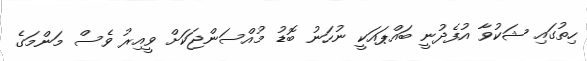
ހިތުގައި ޝަކުވާ އުފެދުނީ ބައްޕައަކީ ނުހަނު ބޮޑު މުއްސަންޖަކަށް ވީއިރު ވެސް މަންމަގެ